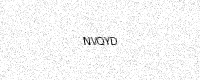
Text: NVQYD